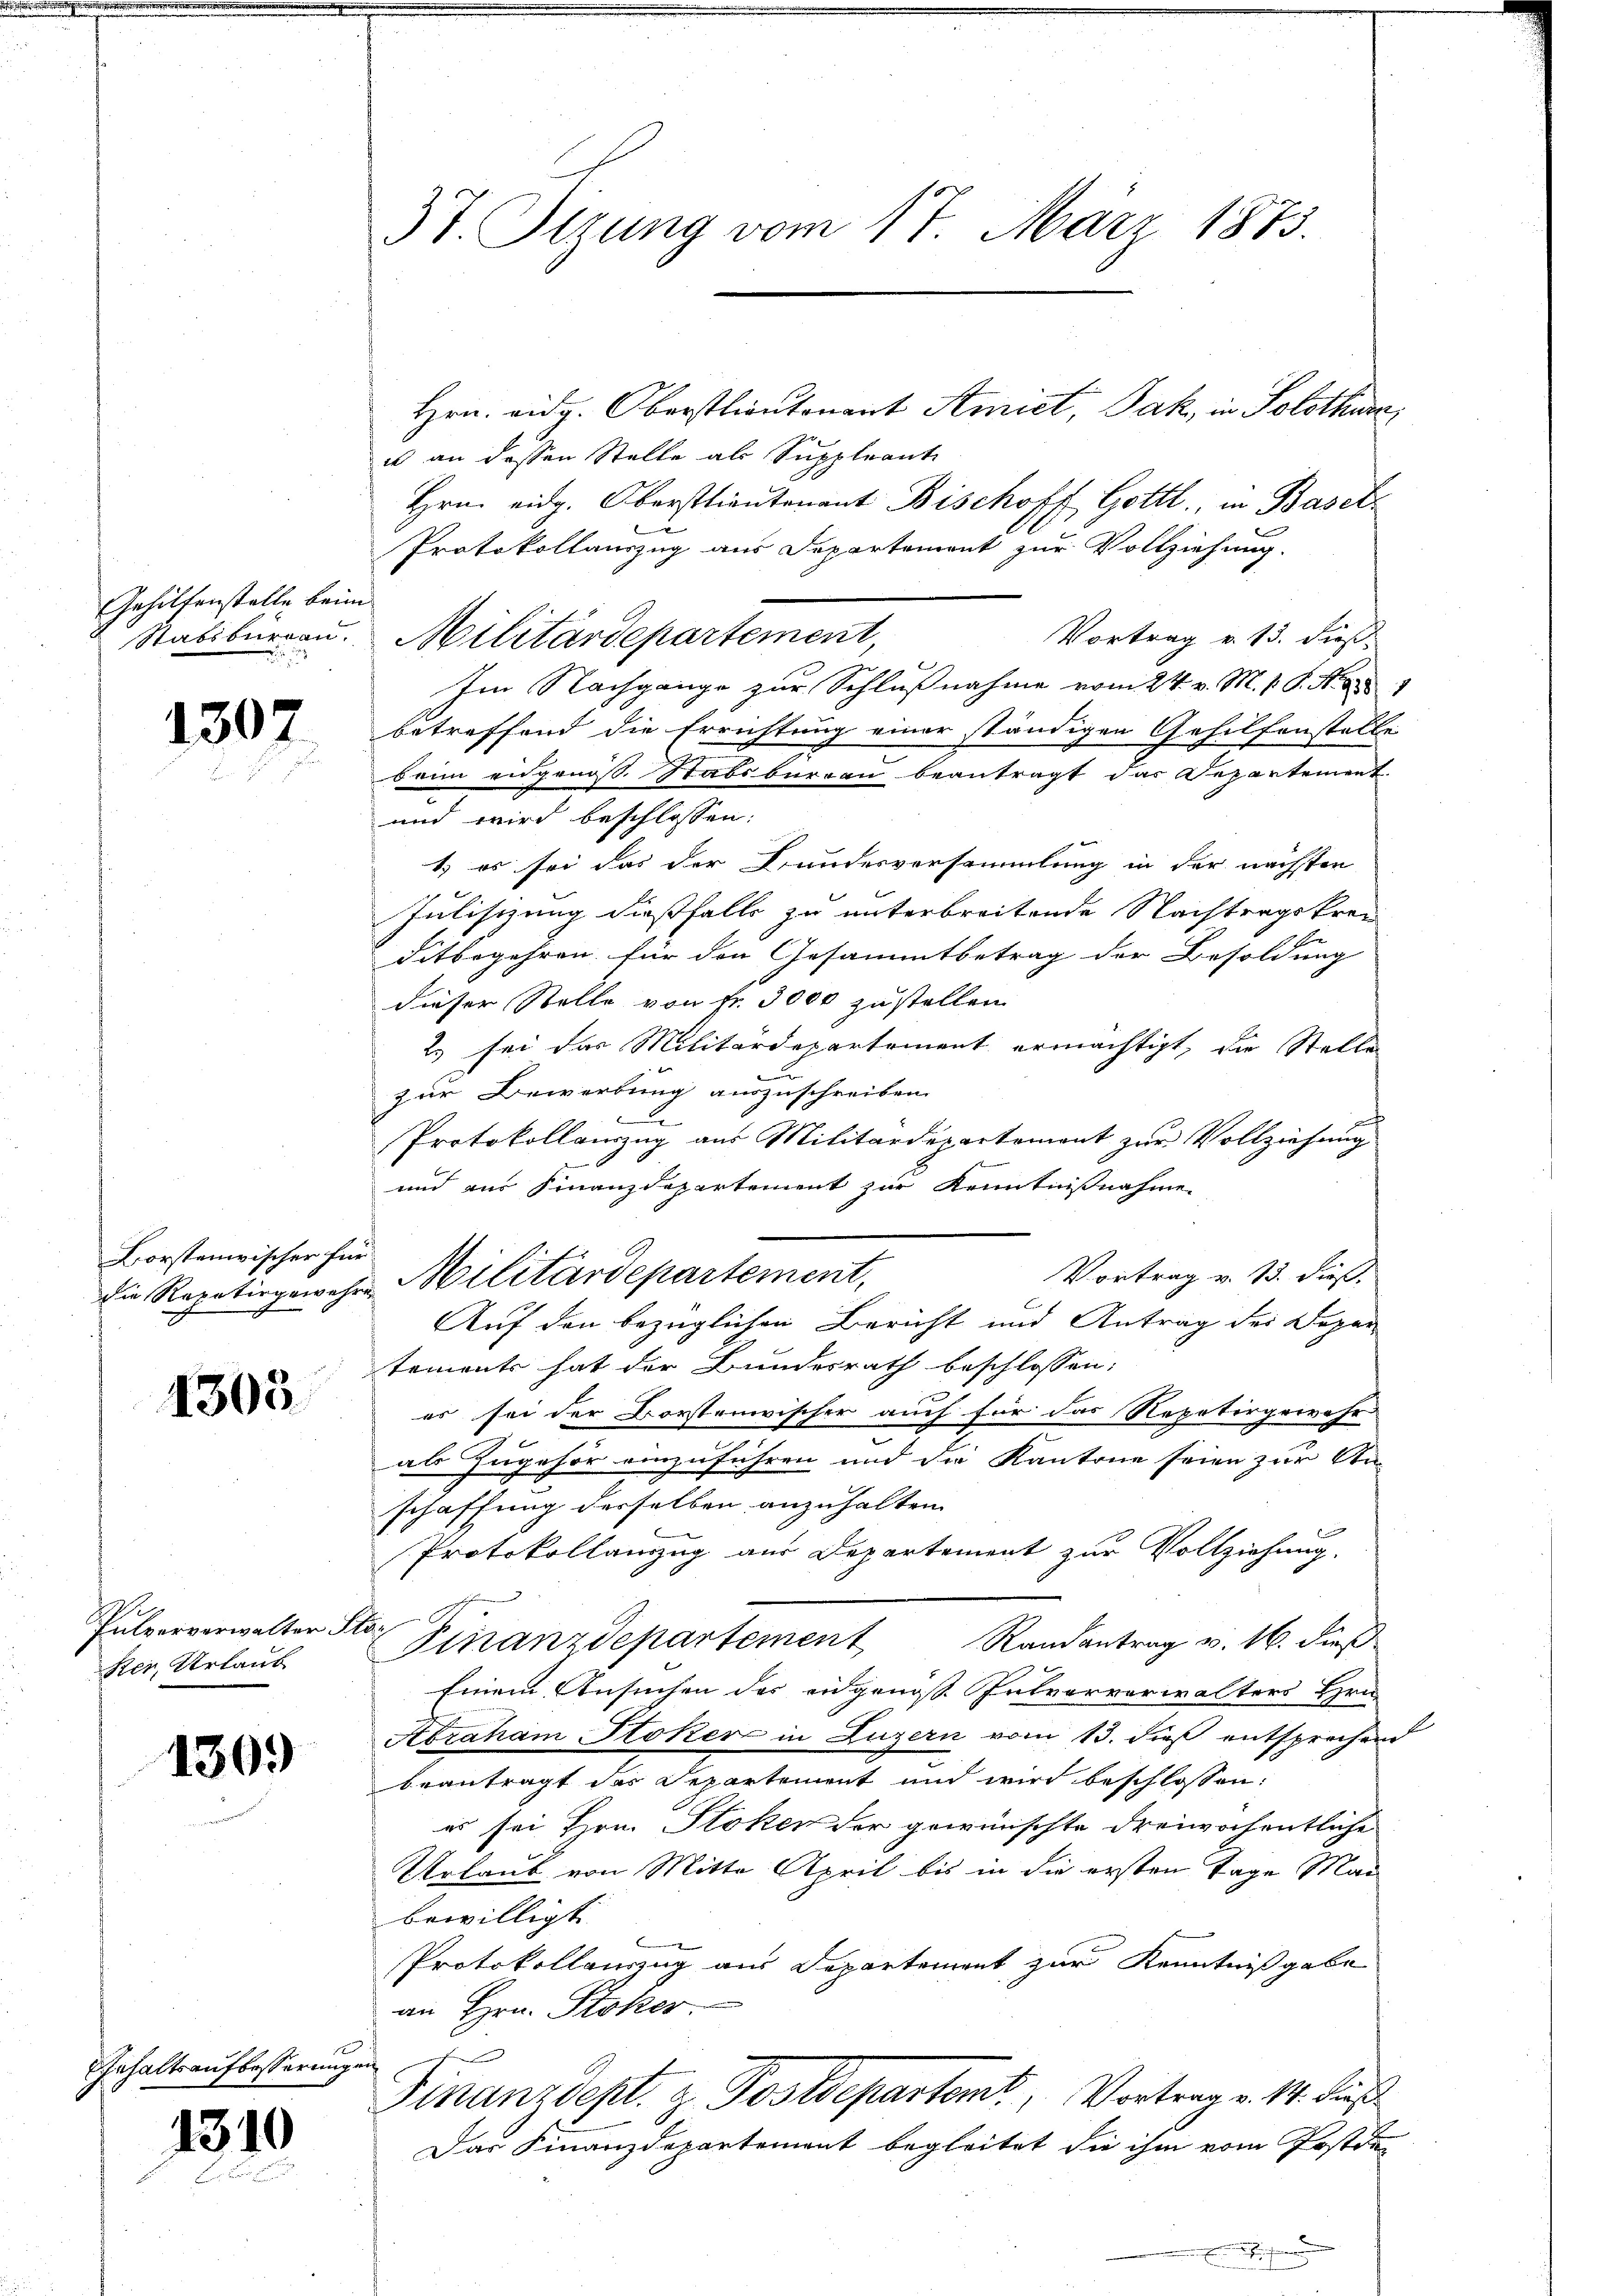
Gehilfenstelle beim
Stabsburgau.

1307.

Borstenwischer für
die Repetirgewehr

1303

Pulvervorwalter d
ser, Urlaub

1309

Gehaltsaufbesserungen

1310

37. Sizung vom 17. März 1873.

Hrn. vidg. Oberstlieutenant Amiet, Jak, in Solothurn,
is an dessen Stelle als Suppleant
Hrn. eidg. Oberstlieutenant Bischoff Gottl., in Basel
e
Protokollauszug aus Departement zur Vollziehung.
Vortrag v. 13. dieß:
Im Nachgange zur Schlußnahme vom 24. v. M. s. S. No 1
betreffend die Errichtung einer ständigen Gehilfenstelle
beim eidgenos. Stabsburgen beantragt das Departement.
und wird beschlossen:
1) es sei das der Bundesversammlung in der nächsten
Julischung diesfalls zu unterbreitende Nachtragskrei
ditbegehren für den Gesammtbetrag der Besoldung
dieser Stelle von Fr. 3000 zustellen
2. sei das Militärdepartement ermächtigt, die Stelle
zur Bewerbung auszuschreiben.
Protokollauszug aus Militärdepartement zur Vollziehung
und aus Finanzdepartement zur Kenntnißnahme
Vortrag v. 13. dieß.
Militärdepartement,
Auf den bezüglichen Bericht und Antrag der Depar
tements hat der Bundesrath beschlossen:
es sei der Forstenwischer auch für das Repetirgewahr
als Zugehör einzuführen und die Kantone seien zur An-
schaffung derselben anzuhalten
Protokollauszug aus Departement zur Vollziehung.
.
Finanzdepartement Randantrag v. 16. dieß
Einem Ansuchen der eidgenoss Intvorverwalters Hrn.
Abraham Stokers in Luzern vom 13. dieß entsprechend
beantragt das Departement und wird beschlossen:
es sei Hrn. Stoken der gewünschte dreiwöchentliche
Urlaub von Mitte April bis in die ersten Tage Mai
bewilligt.
Protokollauszug aus Departement zur Kenntnißgabe
an Hrn. Stoker.
Finanzdept. z. Postdepartemt, Vortrag v. 14. Fuß
Das Finanzdepartement begleitet die ihm vom Postden
.

Militärdepartement,